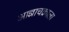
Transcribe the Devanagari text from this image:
आज्ञाचक्राला